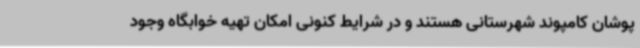
پوشان کامپوند شهرستانی هستند و در شرایط کنونی امکان تهیه خوابگاه وجود